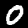
Digit: 0